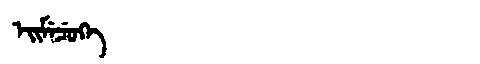
Manchu: ᡝᡳᠮᡝᠴᡠᡴᡝ
Romanization: EIMECUKE